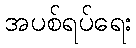
အပစ်ရပ်ရေး